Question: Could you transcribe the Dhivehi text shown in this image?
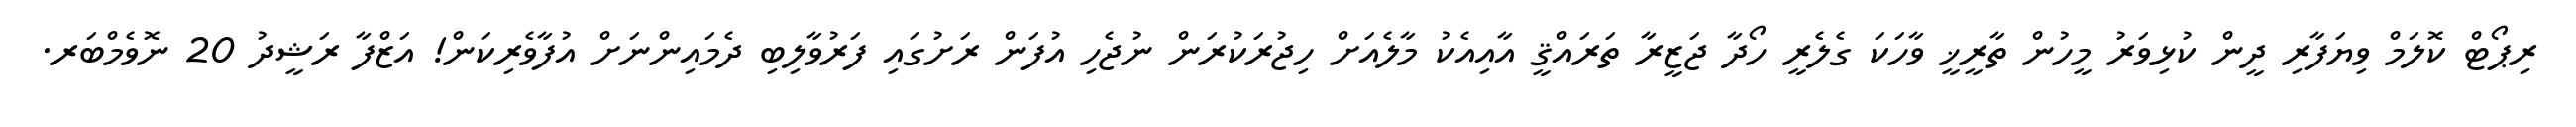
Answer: ރިޕޯޓް ކޮލަމް ވިޔަފާރި ދީން ކުޅިވަރު މީހުން ތާރީޚީ ވާހަކަ ގެލެރީ ހޯދާ ޖަޒީރާ ތަރައްޤީ އާއިއެކު މާލެއަށް ހިޖުރަކުރަން ނުޖެހި އުފަން ރަށުގައި ފަރުވާލިބި ދެމައިންނަށް އުފާވެރިކަން! އަޒްފާ ރަޝީދު 20 ނޮވެމްބަރ.